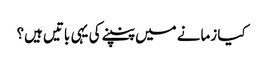
کیا زمانے میں پنپنے کی یہی باتیں ہیں؟